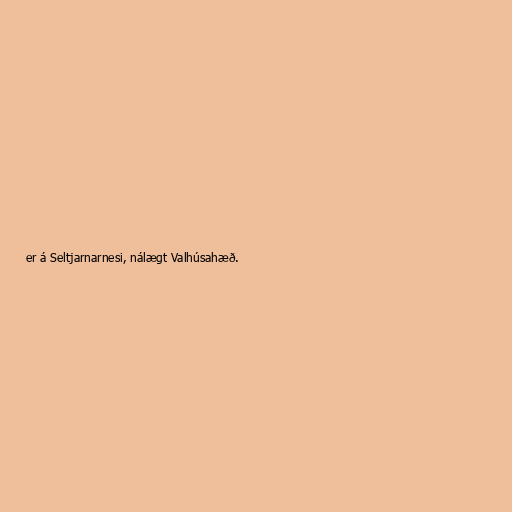
er á Seltjarnarnesi, nálægt Valhúsahæð.